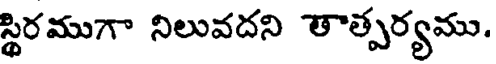
స్థిరముగా నిలువదని తాత్పర్యము.